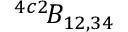
^ { 4 c 2 \! } { \cal B } _ { 1 2 , 3 4 }